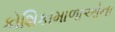
કોશિકામાળાઓના